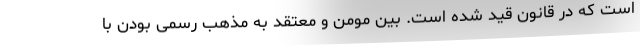
است که در قانون قید شده است. بین مومن و معتقد به مذهب رسمی بودن با